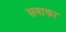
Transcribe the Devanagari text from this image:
सयाका